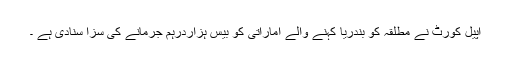
اپیل کورٹ نے مطلقہ کو بندریا کہنے والے اماراتی کو بیس ہزاردرہم جرمانے کی سزا سنادی ہے ۔